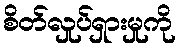
စိတ်လှုပ်ရှားမှုကို